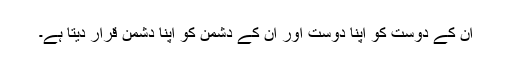
ان کے دوست کو اپنا دوست اور ان کے دشمن کو اپنا دشمن قرار دیتا ہے۔